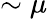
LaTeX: \sim\mu